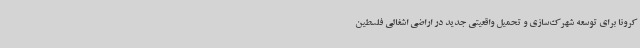
کرونا برای توسعه شهرک‌سازی و تحمیل واقعیتی جدید در اراضی اشغالی فلسطین